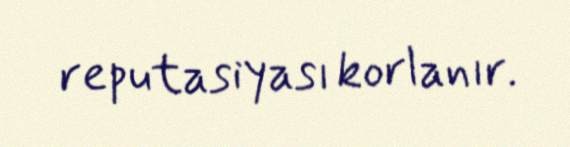
reputasiyası korlanır.